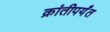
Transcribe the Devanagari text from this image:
क्रांतीपर्यंत